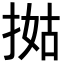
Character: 𢯐